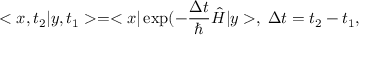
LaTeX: < x , t _ { 2 } | y , t _ { 1 } > = < x | \exp ( - \frac { \Delta t } { \hbar } \hat { H } | y > , \; \Delta t = t _ { 2 } - t _ { 1 } ,